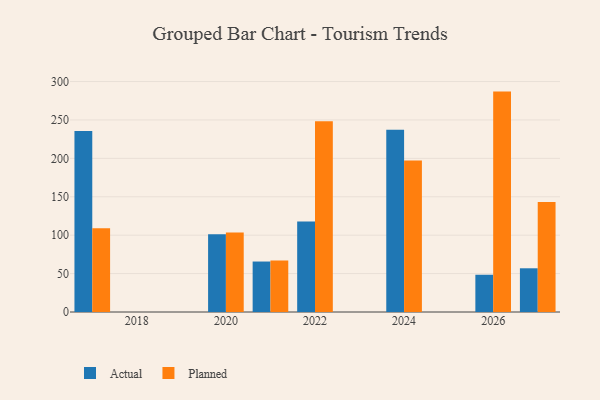
{"axis": {"x": "Year", "y": "Net Income (USD K)"}, "legend": ["Actual", "Planned"], "data": [{"x": "2017", "y": 235.6, "type": "Actual"}, {"x": "2017", "y": 109.1, "type": "Planned"}, {"x": "2022", "y": 117.9, "type": "Actual"}, {"x": "2022", "y": 248.2, "type": "Planned"}, {"x": "2026", "y": 48.5, "type": "Actual"}, {"x": "2026", "y": 286.9, "type": "Planned"}, {"x": "2024", "y": 237.4, "type": "Actual"}, {"x": "2024", "y": 197.3, "type": "Planned"}, {"x": "2027", "y": 56.9, "type": "Actual"}, {"x": "2027", "y": 143.1, "type": "Planned"}, {"x": "2021", "y": 65.7, "type": "Actual"}, {"x": "2021", "y": 66.9, "type": "Planned"}, {"x": "2020", "y": 101.2, "type": "Actual"}, {"x": "2020", "y": 103.4, "type": "Planned"}]}